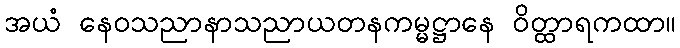
အယံ နေဝသညာနာသညာယတနကမ္မဋ္ဌာနေ ဝိတ္ထာရကထာ။